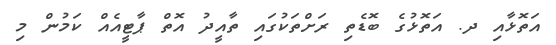
އަތޮޅާއި ދ. އަތޮޅުގެ ބޮޑެތި ރަށްތަކުގައި ތާއީދު އޮތް ޕާޓީއެއް ކަމުން މި